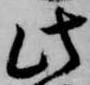
此